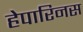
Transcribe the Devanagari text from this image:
हेपारिनस